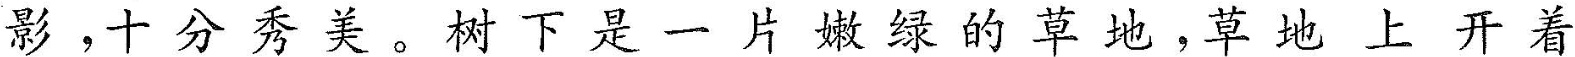
影。十分秀美。树下是一片嫩绿的草地，草地上开着